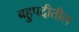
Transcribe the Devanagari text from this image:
बहुपदीतील